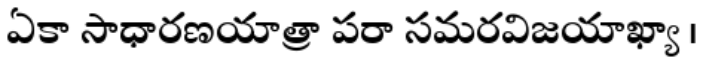
ఏకా సాధారణయాత్రా పరా సమరవిజయాఖ్యా ।